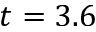
t = 3 . 6